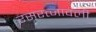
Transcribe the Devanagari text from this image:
रसरत्नावली